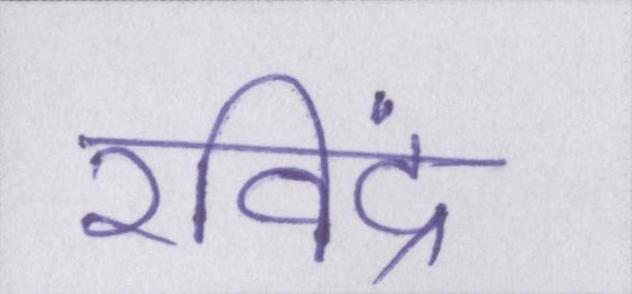
रविंद्र